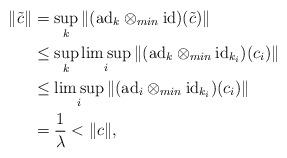
LaTeX: \begin{align*}\|\tilde c\|&=\sup_k \|(\mathrm{ad}_k\otimes_{min} \mathrm{id})(\tilde c)\|\\&\leq\sup_{k}\limsup_{i} \|(\mathrm{ad}_k\otimes_{min} \mathrm{id}_{k_i})(c_i)\|\\&\leq\limsup_{i} \|(\mathrm{ad}_i\otimes_{min} \mathrm{id}_{k_i})(c_i)\|\\&=\frac{1}{\lambda}<\|c\|,\end{align*}